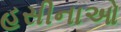
હસીનાઓ